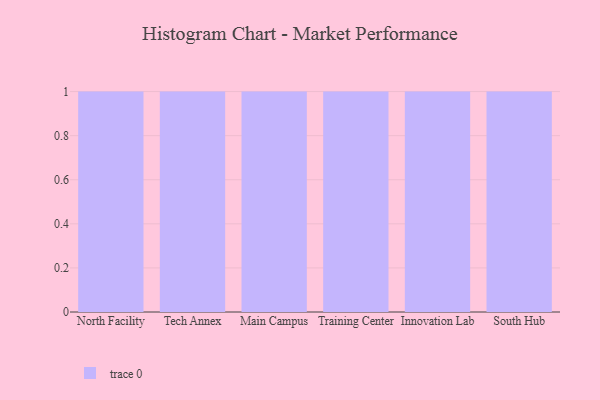
{"axis": {"x": "Campus", "y": "Churn Rate (%)"}, "legend": [""], "data": [{"x": "North Facility", "y": 26, "type": ""}, {"x": "Tech Annex", "y": 92, "type": ""}, {"x": "Main Campus", "y": 92, "type": ""}, {"x": "Training Center", "y": 38, "type": ""}, {"x": "Innovation Lab", "y": 49, "type": ""}, {"x": "South Hub", "y": 94, "type": ""}]}